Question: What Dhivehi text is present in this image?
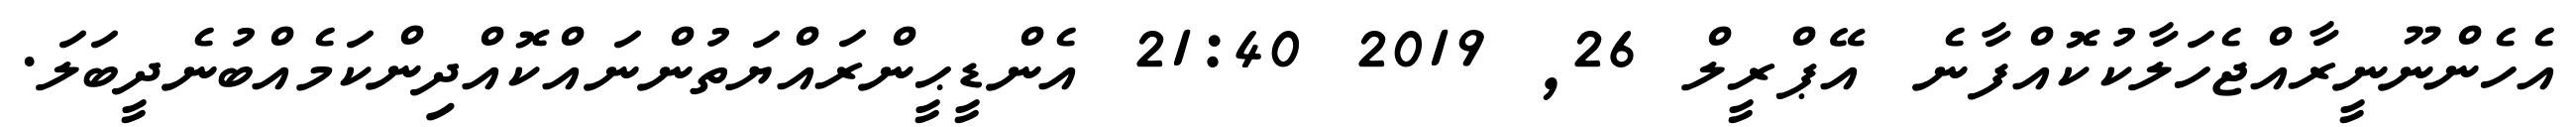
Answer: އެހެންނޫނީރާއްޖެހަލާކުކޮއްފާނެ އޭޕްރީލް 26, 2019 21:40 އެންޑީޙީންރައްޔަތުންނައްކޮއްދިންކަމެއްބުނެދީބަލަ.